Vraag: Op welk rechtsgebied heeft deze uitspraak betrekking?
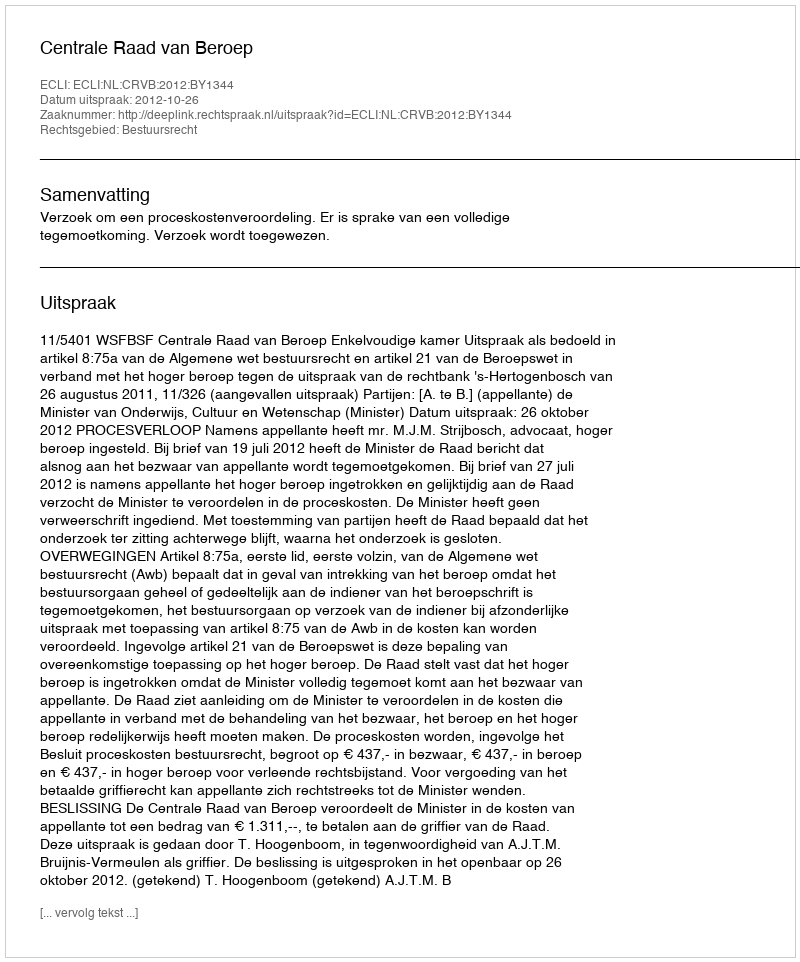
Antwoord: Bestuursrecht